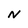
Character: N